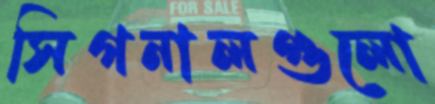
সিগনালগুলো